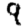
Digit: 9